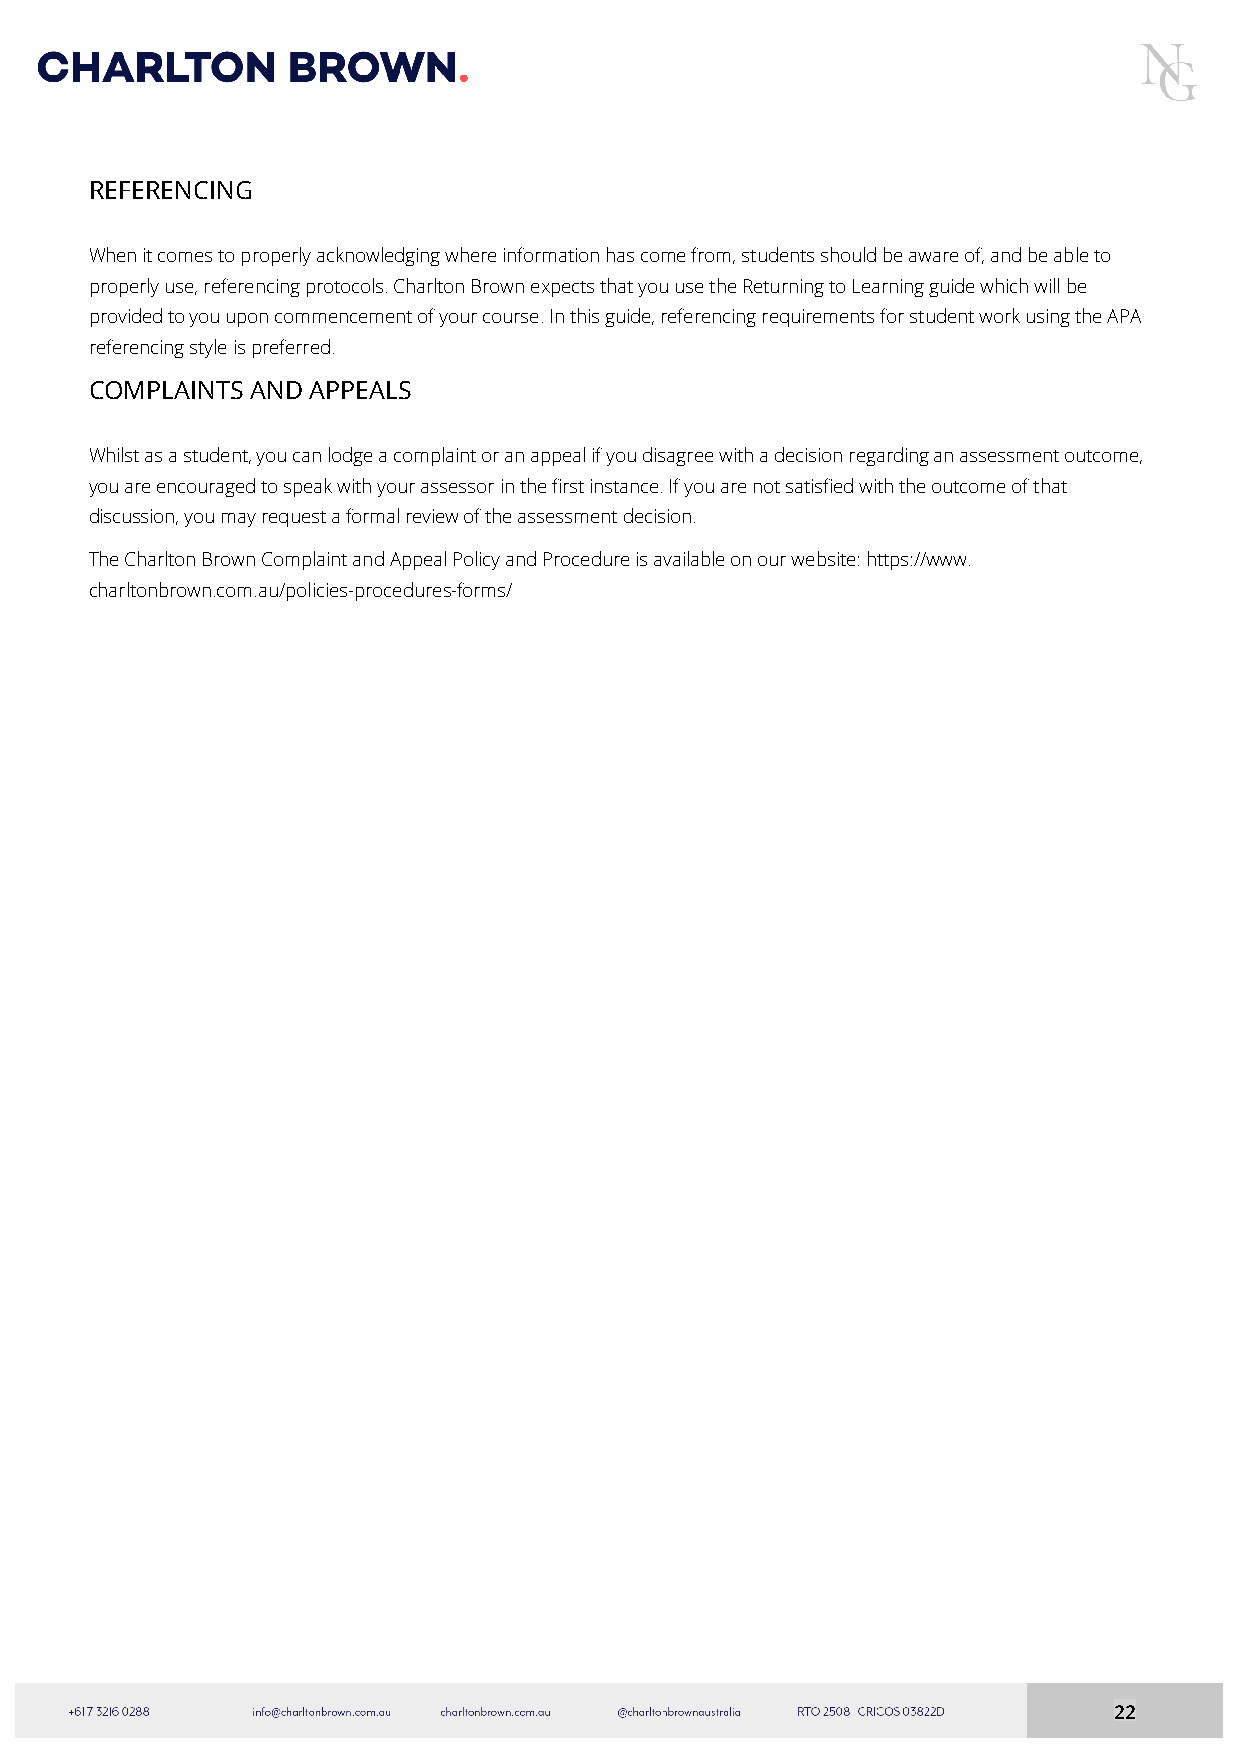
REFERENCING
 When it comes to properly acknowledging where information has come from, students should be aware of, and be able to
 properly use, referencing protocols. Charlton Brown expects that you use the Returning to Learning guide which will be
 provided to you upon commencement of your course. In this guide, referencing requirements for student work using the APA
 referencing style is preferred.
 COMPLAINTS AND APPEALS
 Whilst as a student, you can lodge a complaint or an appeal if you disagree with a decision regarding an assessment outcome,
 you are encouraged to speak with your assessor in the first instance. If you are not satisfied with the outcome of that
 discussion, you may request a formal review of the assessment decision.
 The Charlton Brown Complaint and Appeal Policy and Procedure is available on our website: https://www.
 charltonbrown.com.au/policies-procedures-forms/
 22